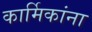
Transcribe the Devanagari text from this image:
कार्मिकांना